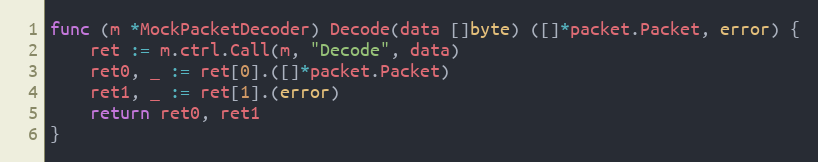
Language: Go
func (m *MockPacketDecoder) Decode(data []byte) ([]*packet.Packet, error) {
	ret := m.ctrl.Call(m, "Decode", data)
	ret0, _ := ret[0].([]*packet.Packet)
	ret1, _ := ret[1].(error)
	return ret0, ret1
}